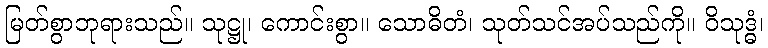
မြတ်စွာဘုရားသည်။ သုဋ္ဌု၊ ကောင်းစွာ။ သောဓိတံ၊ သုတ်သင်အပ်သည်ကို။ ဝိသုဒ္ဓံ၊